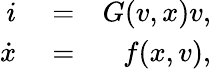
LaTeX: \begin{array}{rlr}{i}&{{}=}&{G(v,x)v,}\\ {\dot{x}}&{{}=}&{f(x,v),}\end{array}